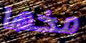
مخها